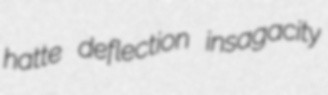
hatte deflection insagacity